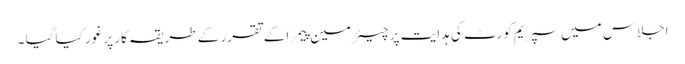
اجلاس میں سپریم کورٹ کی ہدایت پر چیئرمین پیمرا کے تقرر کے طریقہ کار پر غور کیا گیا ۔